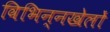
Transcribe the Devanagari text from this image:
विभिन्नखेलों